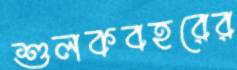
শুলকবহরের